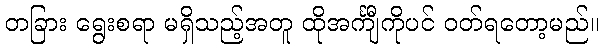
တခြား ရွေးစရာ မရှိသည့်အတူ ထိုအင်္ကျီကိုပင် ဝတ်ရတော့မည်။